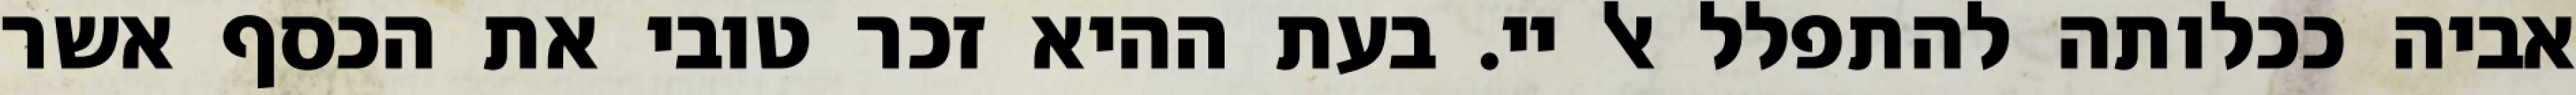
אביה ככלותה להתפלל אל יי. בעת ההיא זכר טובי את הכסף אשר